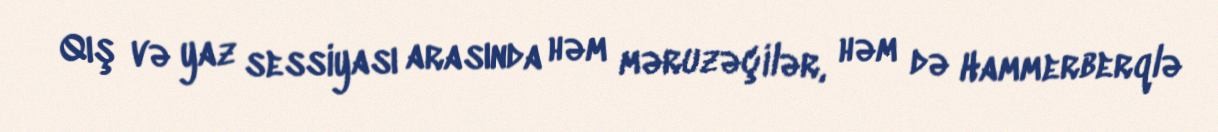
Qış və yaz sessiyası arasında həm məruzəçilər, həm də Hammerberqlə